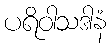
ပရိဝါသဒါနံ